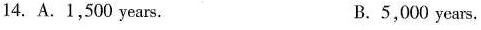
14.A.1,500 years. B.5,000 years.